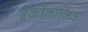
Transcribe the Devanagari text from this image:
इकॉनामिक